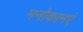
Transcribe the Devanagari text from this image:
मनोकामएं